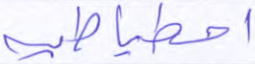
احتياطية